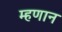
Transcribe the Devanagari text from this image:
म्हणान